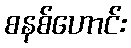
စနစ်ဟောင်း